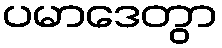
ပမာဒေတွာ